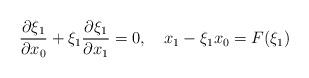
LaTeX: \begin{align*}\frac {\partial \xi_1}{\partial x_0}+\xi_1 \frac {\partial \xi_1}{\partial x_1}=0,\quad x_1-\xi_1 x_0=F(\xi_1)\end{align*}